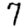
Digit: 7